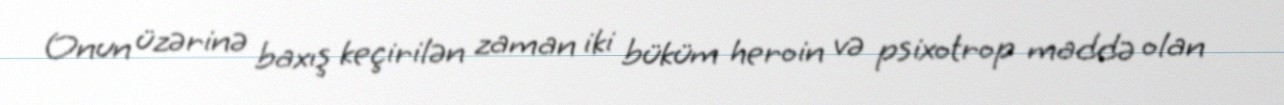
Onun üzərinə baxış keçirilən zaman iki büküm heroin və psixotrop maddə olan